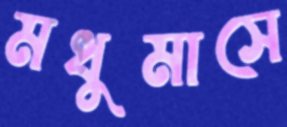
মধুমাসে